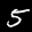
Label: 5